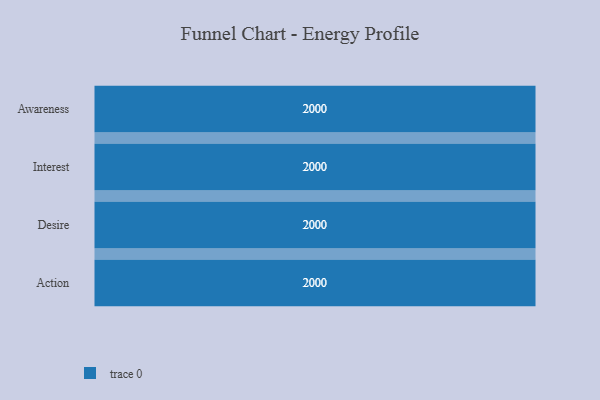
{"axis": {"x": "Stage", "y": "Value"}, "legend": [""], "data": [{"x": "Awareness", "y": 2000, "type": ""}, {"x": "Interest", "y": 2000, "type": ""}, {"x": "Desire", "y": 2000, "type": ""}, {"x": "Action", "y": 2000, "type": ""}]}